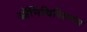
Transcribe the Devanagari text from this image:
ऑर्निथिस्शियंस